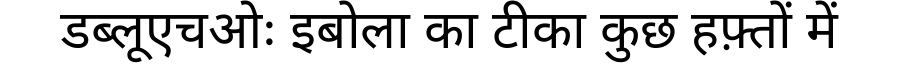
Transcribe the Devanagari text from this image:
डब्लूएचओः इबोला का टीका कुछ हफ़्तों में